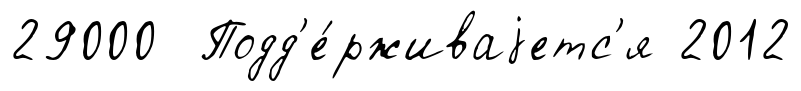
29000 Подд'е́рживаjетс'я 2012